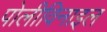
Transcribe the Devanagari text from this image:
पोलीविनाइल